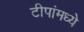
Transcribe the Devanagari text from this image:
टीपांमध्ये